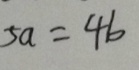
5 a = 4 b